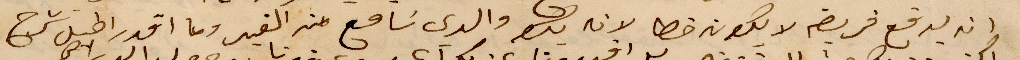
انه يدفع فريضة لا يكون خطا يبعد والدي نامع من الكفير وما اقدر اطيل شرح